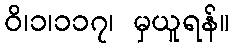
ဝိ၊၁၊၁၁၇၊ မှယူရန်။